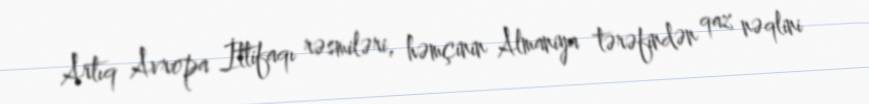
Artıq Avropa İttifaqı rəsmiləri, həmçinin Almaniya tərəfindən qaz nəqlini